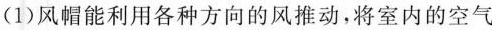
(1)风帽能利用各种方向的风推动，将室内的空气